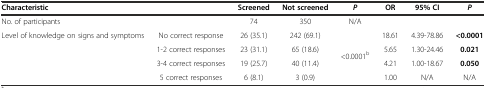
<table><thead><tr><td><b>Characteristic</b></td><td></td><td><b>Screened</b></td><td><b>Not screened</b></td><td><b><i>P</i></b></td><td><b>OR</b></td><td><b>95% CI</b></td><td><b><i>P</i></b></td></tr></thead><tbody><tr><td>No. of participants</td><td></td><td>74</td><td>350</td><td>N/A</td><td></td><td></td><td></td></tr><tr><td>Level of knowledge on signs and symptoms</td><td>No correct response</td><td>26 (35.1)</td><td>242 (69.1)</td><td rowspan="4">&lt;0.0001<sup>b</sup></td><td>18.61</td><td>4.39-78.86</td><td><b>&lt;0.0001</b></td></tr><tr><td></td><td>1-2 correct responses</td><td>23 (31.1)</td><td>65 (18.6)</td><td>5.65</td><td>1.30-24.46</td><td><b>0.021</b></td></tr><tr><td></td><td>3-4 correct responses</td><td>19 (25.7)</td><td>40 (11.4)</td><td>4.21</td><td>1.00-18.67</td><td><b>0.050</b></td></tr><tr><td></td><td>5 correct responses</td><td>6 (8.1)</td><td>3 (0.9)</td><td>1.00</td><td>N/A</td><td>N/A</td></tr></tbody></table>